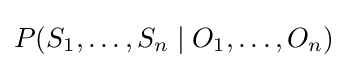
P(S_{1},\dots ,S_{n}\mid O_{1},\dots ,O_{n})